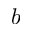
b